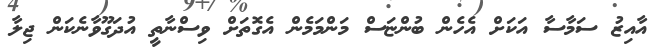
އާއިޒު ސަމާސާ އަކަށް އެހެން ބުންޏަސް މަންމަމެން އެގޮތަށް ވިސްނާތީ އުދަގޫވާނެކަން ޖިލާ